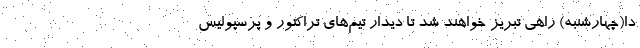
دا(چهارشنبه) راهی تبریز خواهند شد تا دیدار تیم‌های تراکتور و پرسپولیس